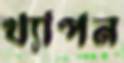
খ্যাপন